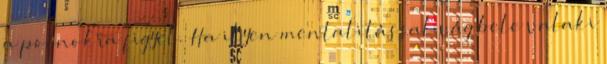
a poénokra figyel. Ha ilyen mentalitással vág bele valaki